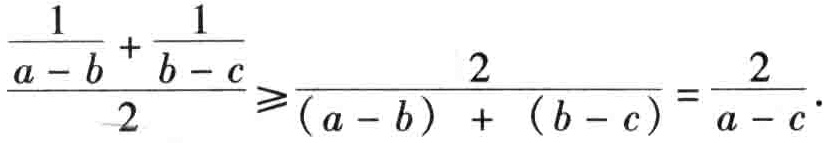
\(\frac{\frac{1}{a - b} + \frac{1}{b - c}}{2} \geqslant \frac{2}{(a - b) + (b - c)} = \frac{2}{a - c}\)